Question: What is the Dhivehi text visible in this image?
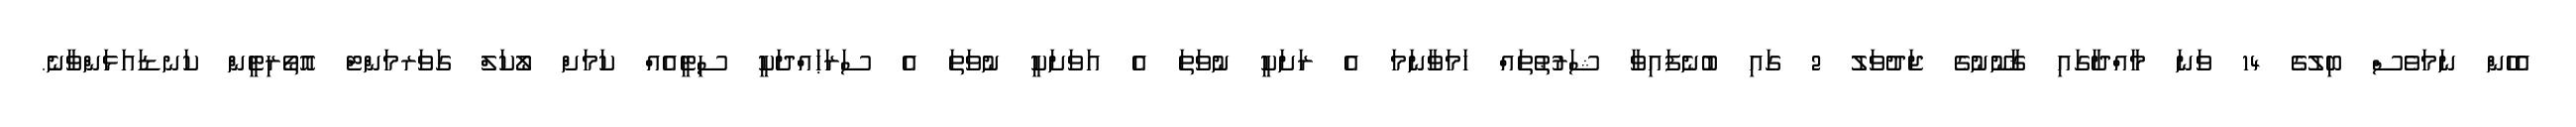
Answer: އެހެން ނަމަވެސް ބިލުގެ 14 ވަނަ މާއްދާގައި ޤާނޫނުގެ ޖަދުވަލު 2 ގައި ބުނެފައިވާ ޝަރުޠުތައް ހަމަވާނަމަ އެ ރަށަކީ ނުވަތަ އެ އަވަށަކީ ނުވަތަ އެ ސަރަޙައްދަކީ ސިޓީއެއް ކަމަށް ލޯކަލް ގަވަރމަންޓް އޮތޯރިޓީން ކަނޑައަޅަންވާނެ.